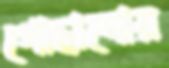
গোছানোয়